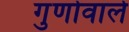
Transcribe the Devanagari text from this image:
गुणोवाले